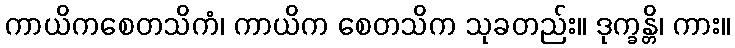
ကာယိကစေတသိကံ၊ ကာယိက စေတသိက သုခတည်း။ ဒုက္ခန္တိ၊ ကား။